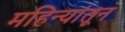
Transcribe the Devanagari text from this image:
महिन्‍यांतून